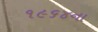
૧૯૬૪ના